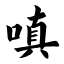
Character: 嗔